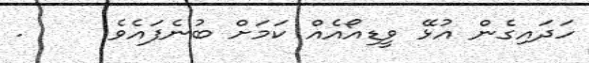
ހަދައިގެން އުޅޭ ވީޑިއޯއެއް ކަމަށް ބުނެފައެވެ     .